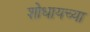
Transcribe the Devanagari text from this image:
शोधायच्या